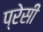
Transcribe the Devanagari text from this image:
प्रेसी